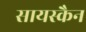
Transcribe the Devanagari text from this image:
सायस्कैन